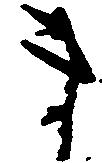
ま